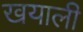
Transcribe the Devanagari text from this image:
खयाली